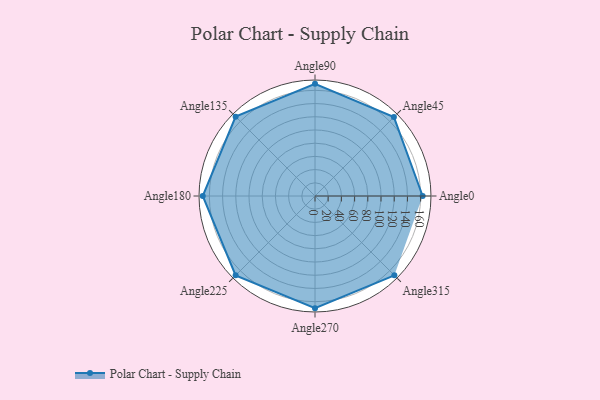
{"axis": {"x": "Angle", "y": "Radius"}, "legend": [""], "data": [{"x": "Angle0", "y": 163.0, "type": ""}, {"x": "Angle45", "y": 169.0, "type": ""}, {"x": "Angle90", "y": 170, "type": ""}, {"x": "Angle135", "y": 170, "type": ""}, {"x": "Angle180", "y": 170, "type": ""}, {"x": "Angle225", "y": 170, "type": ""}, {"x": "Angle270", "y": 170, "type": ""}, {"x": "Angle315", "y": 170, "type": ""}]}